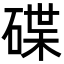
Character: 碟